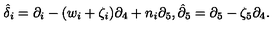
\hat { { \delta } } _ { i } = \partial _ { i } - ( w _ { i } + \zeta _ { i } ) \partial _ { 4 } + n _ { i } \partial _ { 5 } , \hat { { \partial } } _ { 5 } = \partial _ { 5 } - \zeta _ { 5 } \partial _ { 4 } .